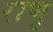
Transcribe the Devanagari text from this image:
राणू